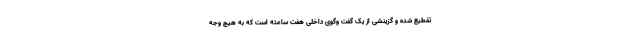
تقطیع شده و گزینشی از یک گفت وگوی داخلی هفت ساعته است که به هیچ وجه